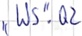
Text: "WS".Q2